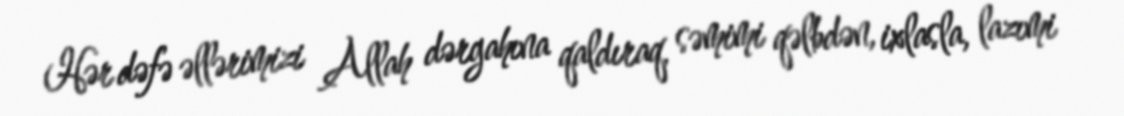
Hər dəfə əllərimizi Allah dərgahına qaldıraq, səmimi qəlbdən, ixlasla, lazımi